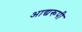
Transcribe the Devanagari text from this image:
आद्यरूपी